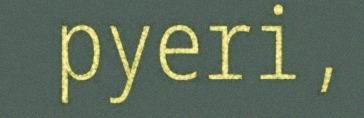
pyeri,